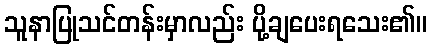
သူနာပြုသင်တန်းမှာလည်း ပို့ချပေးရသေး၏။